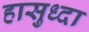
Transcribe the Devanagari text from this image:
हासुध्दा